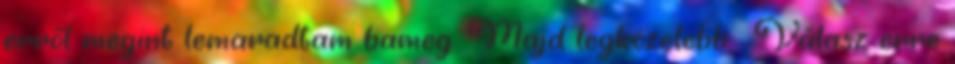
erről megint lemaradtam bameg. Majd legközelebb . Válasz erre